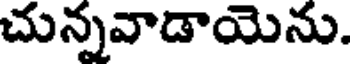
చున్నవాడాయెను.